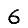
Digit: 6